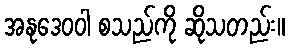
အနုဒေဝဝါ စသည်ကို ဆိုသတည်း။